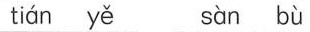
tián yě sàn bù